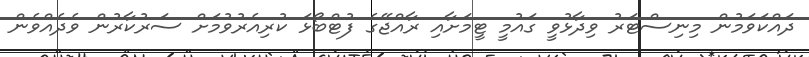
ދައްކަވަމުން މިނިސްޓަރު ވިދާޅުވީ ގައުމީ ޓީމަށާއި ރާއްޖޭގެ ފުޓްބޯޅަ ކުރިއެރުވުމަށް ސަރުކާރުން ވެދެއްވެން